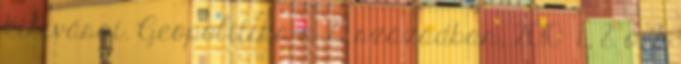
kihívásai. Geopolitika a 21. században, 2010 1., 8. o. 8.